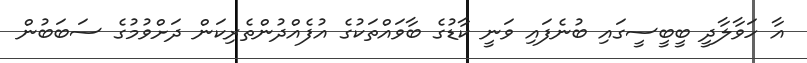
އާ ހަވާލާދީ ބީބީސީގައި ބުނެފައި ވަނީ ކާޑުގެ ބާވައްތަކުގެ އުފެއްދުންތެރިކަން ދަށްވުމުގެ ސަބަބުން